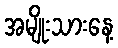
အမျိုးသားနေ့